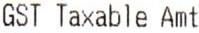
GST TAXABLE AMT